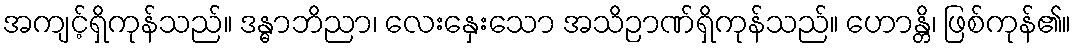
အကျင့်ရှိကုန်သည်။ ဒန္ဓာဘိညာ၊ လေးနှေးသော အသိဉာဏ်ရှိကုန်သည်။ ဟောန္တိ၊ ဖြစ်ကုန်၏။